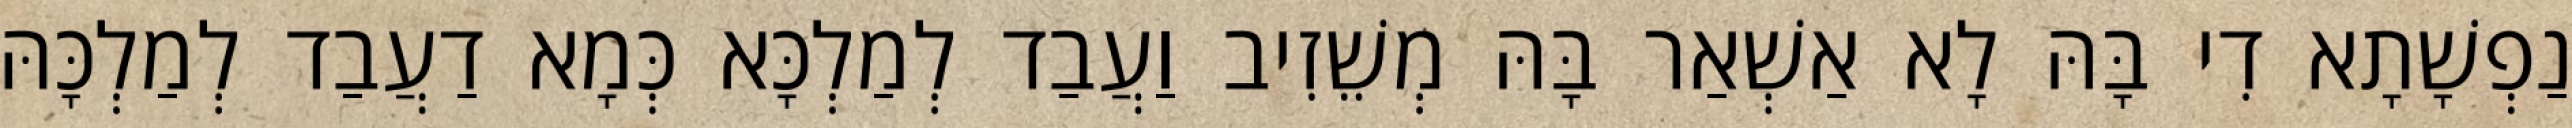
נַפְשָׁתָא דִי בָּהּ לָא אַשְׁאַר בָּהּ מְשֵׁזִיב וַעֲבַד לְמַלְכָּא כְּמָא דַעֲבַד לְמַלְכָּהּ